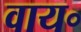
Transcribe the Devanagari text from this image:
वाय॰